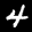
Label: 4